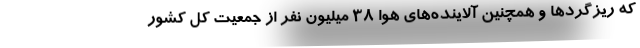
که ریزگردها و همچنین آلاینده‌های هوا ۳۸ میلیون نفر از جمعیت کل کشور